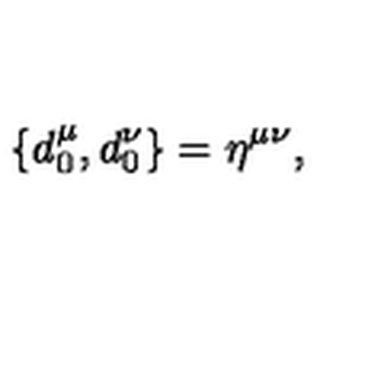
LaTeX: \{ d _ { 0 } ^ { \mu } , d _ { 0 } ^ { \nu } \} = \eta ^ { \mu \nu } ,